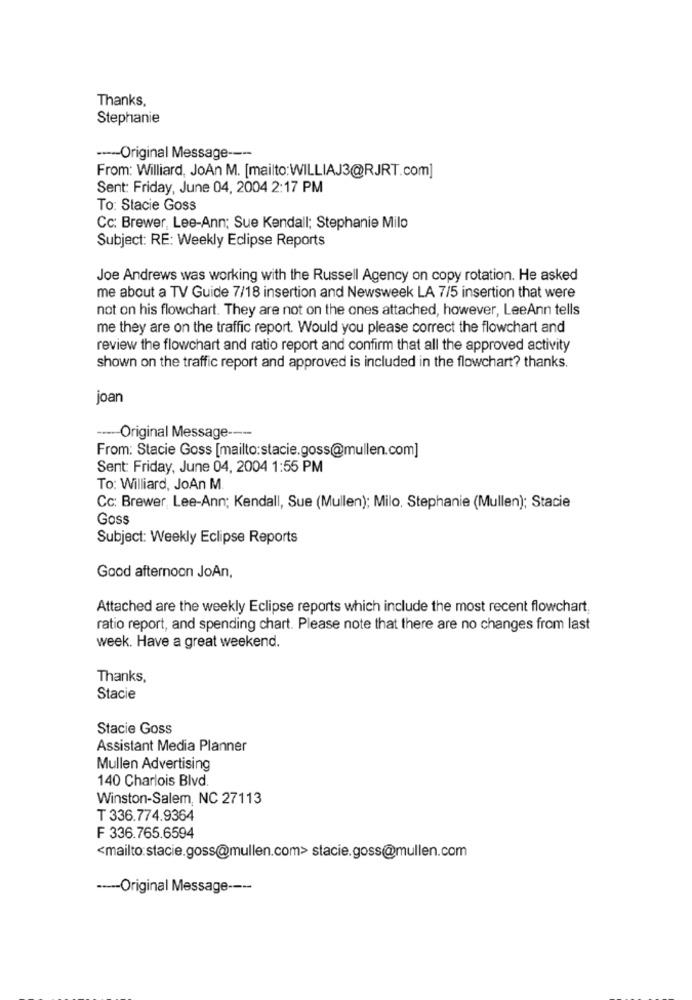
Thanks,
Stephanie
----- Original Message ----
From: Williard, JoAn M. [mailto:WILLIAJ3@RJRT.com]
Sent: Friday, June 04, 2004 2:17 PM
To: Stacie Goss
Cc: Brewer, Lee-Ann; Sue Kendall; Stephanie Milo
Subject: RE: Weekly Eclipse Reports
Joe Andrews was working with the Russell Agency on copy rotation. He asked
me about a TV Guide 7/18 insertion and Newsweek LA 7/5 insertion that were
not on his flowchart. They are not on the ones attached, however, LeeAnn tells
me they are on the traffic report. Would you please correct the flowchart and
review the flowchart and ratio report and confirm that all the approved activity
shown on the traffic report and approved is included in the flowchart? thanks.
joan
Original Message ---
From: Stacie Goss [mailto:stacie.goss@mullen.com]
Sent: Friday, June 04, 2004 1:55 PM
To: Williard, JoAn M.
Cc: Brewer, Lee-Ann; Kendall, Sue (Mullen); Milo, Stephanie (Mullen); Stacie
Goss
Subject: Weekly Eclipse Reports
Good afternoon JoAn,
Attached are the weekly Eclipse reports which include the most recent flowchart,
ratio report, and spending chart. Please note that there are no changes from last
week. Have a great weekend.
Thanks,
Stacie
Stacie Goss
Assistant Media Planner
Mullen Advertising
140 Charlois Blvd.
Winston-Salem, NC 27113
T 336.774.9364
F 336.765.6594
<mailto:stacie.goss@mullen.com> stacie.goss@mullen.com
----- Original Message ----